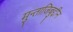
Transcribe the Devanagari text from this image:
मुन्ताजिबुद्दीन